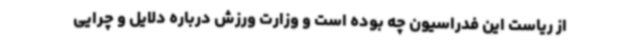
از ریاست این فدراسیون چه بوده است و وزارت ورزش درباره دلایل و چرایی